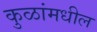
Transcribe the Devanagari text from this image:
कुळांमधील